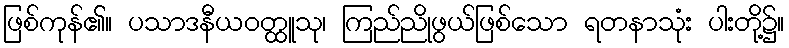
ဖြစ်ကုန်၏။ ပသာဒနီယဝတ္ထူသု၊ ကြည်ညိုဖွယ်ဖြစ်သော ရတနာသုံး ပါးတို့၌။